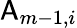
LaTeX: \mathsf{A}_{m-1,i}